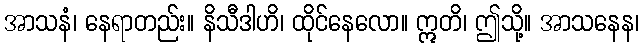
အာသနံ၊ နေရာတည်း။ နိသီဒါဟိ၊ ထိုင်နေလော။ ဣတိ၊ ဤသို့။ အာသနေန၊